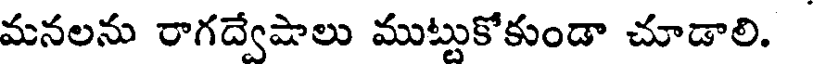
మనలను రాగద్వేషాలు ముట్టుకోకుండా చూడాలి.